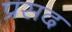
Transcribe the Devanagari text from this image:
प्रसद